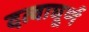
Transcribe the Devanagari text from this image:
दत्वाघूर्ण